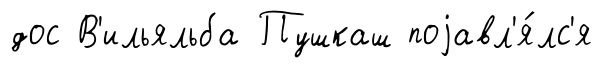
дос В'ильяльба Пушкаш поjавл'я́лс'я